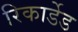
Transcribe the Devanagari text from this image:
रिकार्डेड